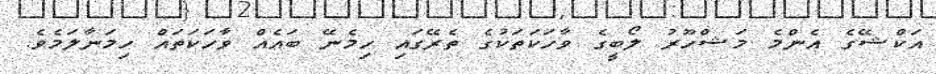
އަކްޝޭގެ އެންމެ މަޝްހޫރު ލޯބީގެ ވާހަކަތަކުގެ ތެރޭގައި ހިމެނޭ ބައެއް ވާހަކަތައް ހިމަނާލަމެވެ.